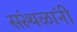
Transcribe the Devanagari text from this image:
संस्थळांनी